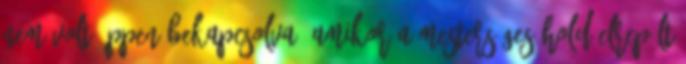
nem volt éppen bekapcsolva, amikor a mesterséges hold elrepült